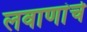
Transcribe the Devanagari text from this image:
लवाणांचे